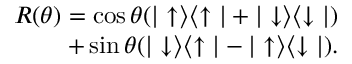
\begin{array} { r } { R ( \theta ) = \cos { \theta } ( \vert \uparrow \rangle \langle \uparrow \vert + \vert \downarrow \rangle \langle \downarrow \vert ) } \\ { + \sin { \theta } ( \vert \downarrow \rangle \langle \uparrow \vert - \vert \uparrow \rangle \langle \downarrow \vert ) . } \end{array}